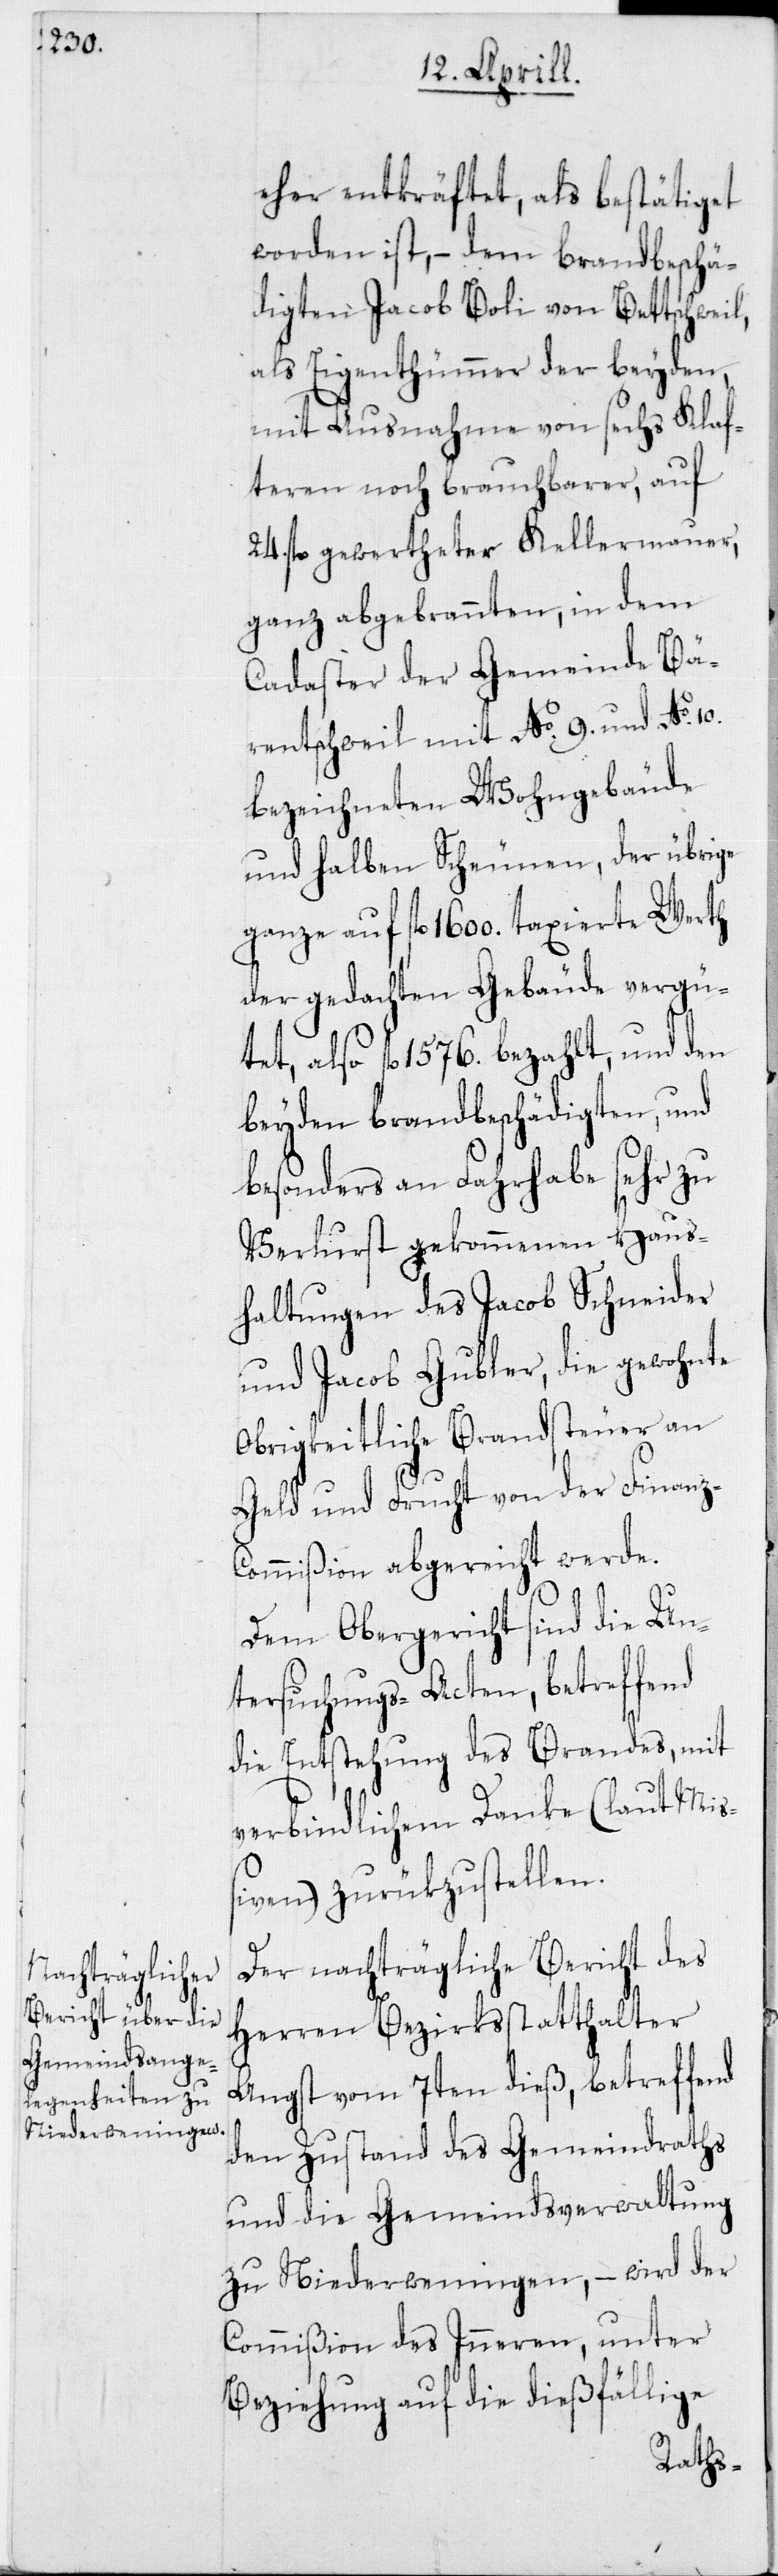
eher entkräftet als bestätiget
worden ist, – dem brandbeschä¬
digten Jacob Boli von Bettschweil,
als Eigenthümmer der beyden,
mit Ausnahme von sechs Klaf¬
teren noch brauchbarer, auf
24. fl. gewertheter Kellermauer,
ganz abgebrannten, in dem
Cadaster der Gemeinde Bä¬
rentschweil mit No 9. und No 10.
bezeichneten Wohngebäude
und halben Scheunen, der übrige
ganze auf fl. 1600. taxierte Werth
der gedachten Gebäude vergü¬
tet, also fl. 1576. bezahlt, und den
beyden brandbeschädigten und
besonders an Fahrhabe sehr zu
Verlurst gekommenen Haus¬
haltungen des Jacob Schneider
und Jacob Gubler, die gewohnte
obrigkeitliche Brandsteuer an
Geld und Frucht von der Finanz-C¬
ommißion abgereicht werde.
Dem Obergericht sind die Un¬
tersuchungs-Acten, betreffend
die Entstehung des Brandes, mit
verbindlichem Danke (laut Mißi¬
ven) zurükzustellen.
Der nachträgliche Bericht des
Herren Bezirksstatthalter
Angst vom 7ten dieß, betreffend
den Zustand des Gemeindraths
und die Gemeindsverwaltung
zu Niederweningen, – wird der
Commißion des Inneren, unter
Beziehung auf die dießfällige